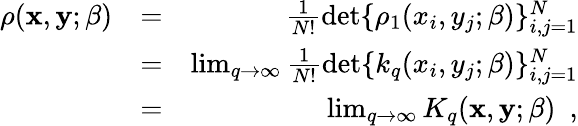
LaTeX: \begin{array}{rlr}{\rho({\mathbf x},{\mathbf y};\beta)}&{=}&{\frac{1}{N!}\operatorname*{det}\{ \rho_{1}(x_{i},y_{j};\beta)\} _{i,j=1}^{N}}\\ &{=}&{\operatorname*{lim}_{q\rightarrow\infty}\frac{1}{N!}\operatorname*{det}\{ k_{q}(x_{i},y_{j};\beta)\} _{i,j=1}^{N}}\\ &{=}&{\operatorname*{lim}_{q\rightarrow\infty}K_{q}({\mathbf x},{\mathbf y};\beta)~~,}\end{array}